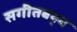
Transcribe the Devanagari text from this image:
सगीतबद्ध